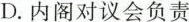
D.内阁对议会负责